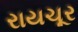
રાયચૂર